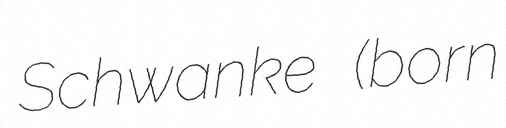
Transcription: Schwanke (born